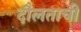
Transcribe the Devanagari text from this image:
दौलताची